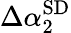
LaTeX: \Delta\alpha_{2}^{\mathrm{SD}}